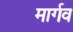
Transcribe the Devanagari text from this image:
मार्गव